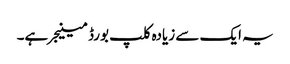
یہ ایک سے زیادہ کلپ بورڈ مینیجر ہے۔